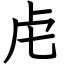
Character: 虍